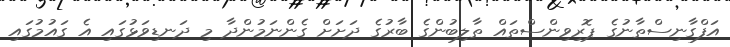
އަފްގާނިސްތާނުގެ ޕޮރިވިންސްތައް ތާލިބުންގެ ބާރުގެ ދަށަށް ގެންނަމުންދާ މި ދަނޑިވަޅުގައި އެ ގައުމުގައި